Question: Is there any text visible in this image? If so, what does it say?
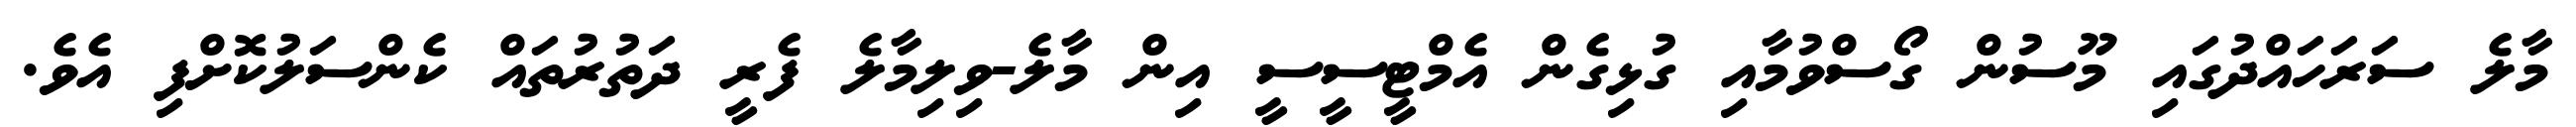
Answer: މާލެ ސަރަހައްދުގައި މޫސުން ގޯސްވުމާއި ގުޅިގެން އެމްޓީސީސީ އިން މާލެ-ވިލިމާލެ ފެރީ ދަތުރުތައް ކެންސަލުކޮށްފި އެވެ.